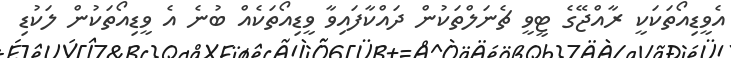
އެވީޑިއޯތަކަކީ ރާއްޖޭގެ ޓީވީ ޗެނަލްތަކުން ދައްކާފައިވާ ވީޑިއޯތަކެއް ބުނެ އެ ވީޑިއޯތަކުން ލަކުޑި